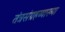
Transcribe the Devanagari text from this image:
तंत्रसंग्रहव्याख्या